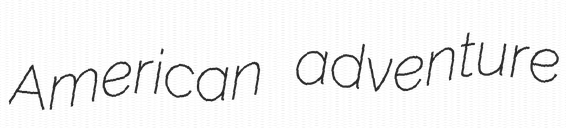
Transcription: American adventure